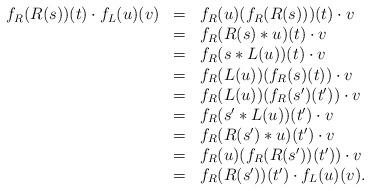
LaTeX: \begin{align*}\begin{array}{lll}f_R(R(s))(t)\cdot f_L(u)(v)&=&f_R(u)(f_R(R(s)))(t)\cdot v\\&=&f_R(R(s)*u)(t)\cdot v\\&=&f_R(s*L(u))(t)\cdot v\\&=&f_R(L(u))(f_R(s)(t))\cdot v\\&=&f_R(L(u))(f_R(s')(t'))\cdot v\\&=&f_R(s'*L(u))(t')\cdot v\\&=&f_R(R(s')*u)(t')\cdot v\\&=&f_R(u)(f_R(R(s'))(t'))\cdot v\\&=&f_R(R(s'))(t')\cdot f_L(u)(v).\end{array}\end{align*}